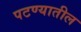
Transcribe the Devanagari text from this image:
पटण्यातील